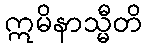
ဣမိနာသ္မီတိ